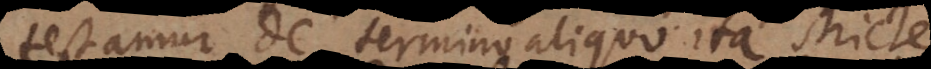
testamur de termino aliquo ita stricte